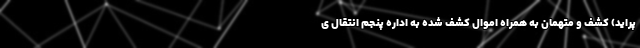
پراید) کشف و متهمان به همراه اموال کشف شده به اداره پنجم انتقال ی